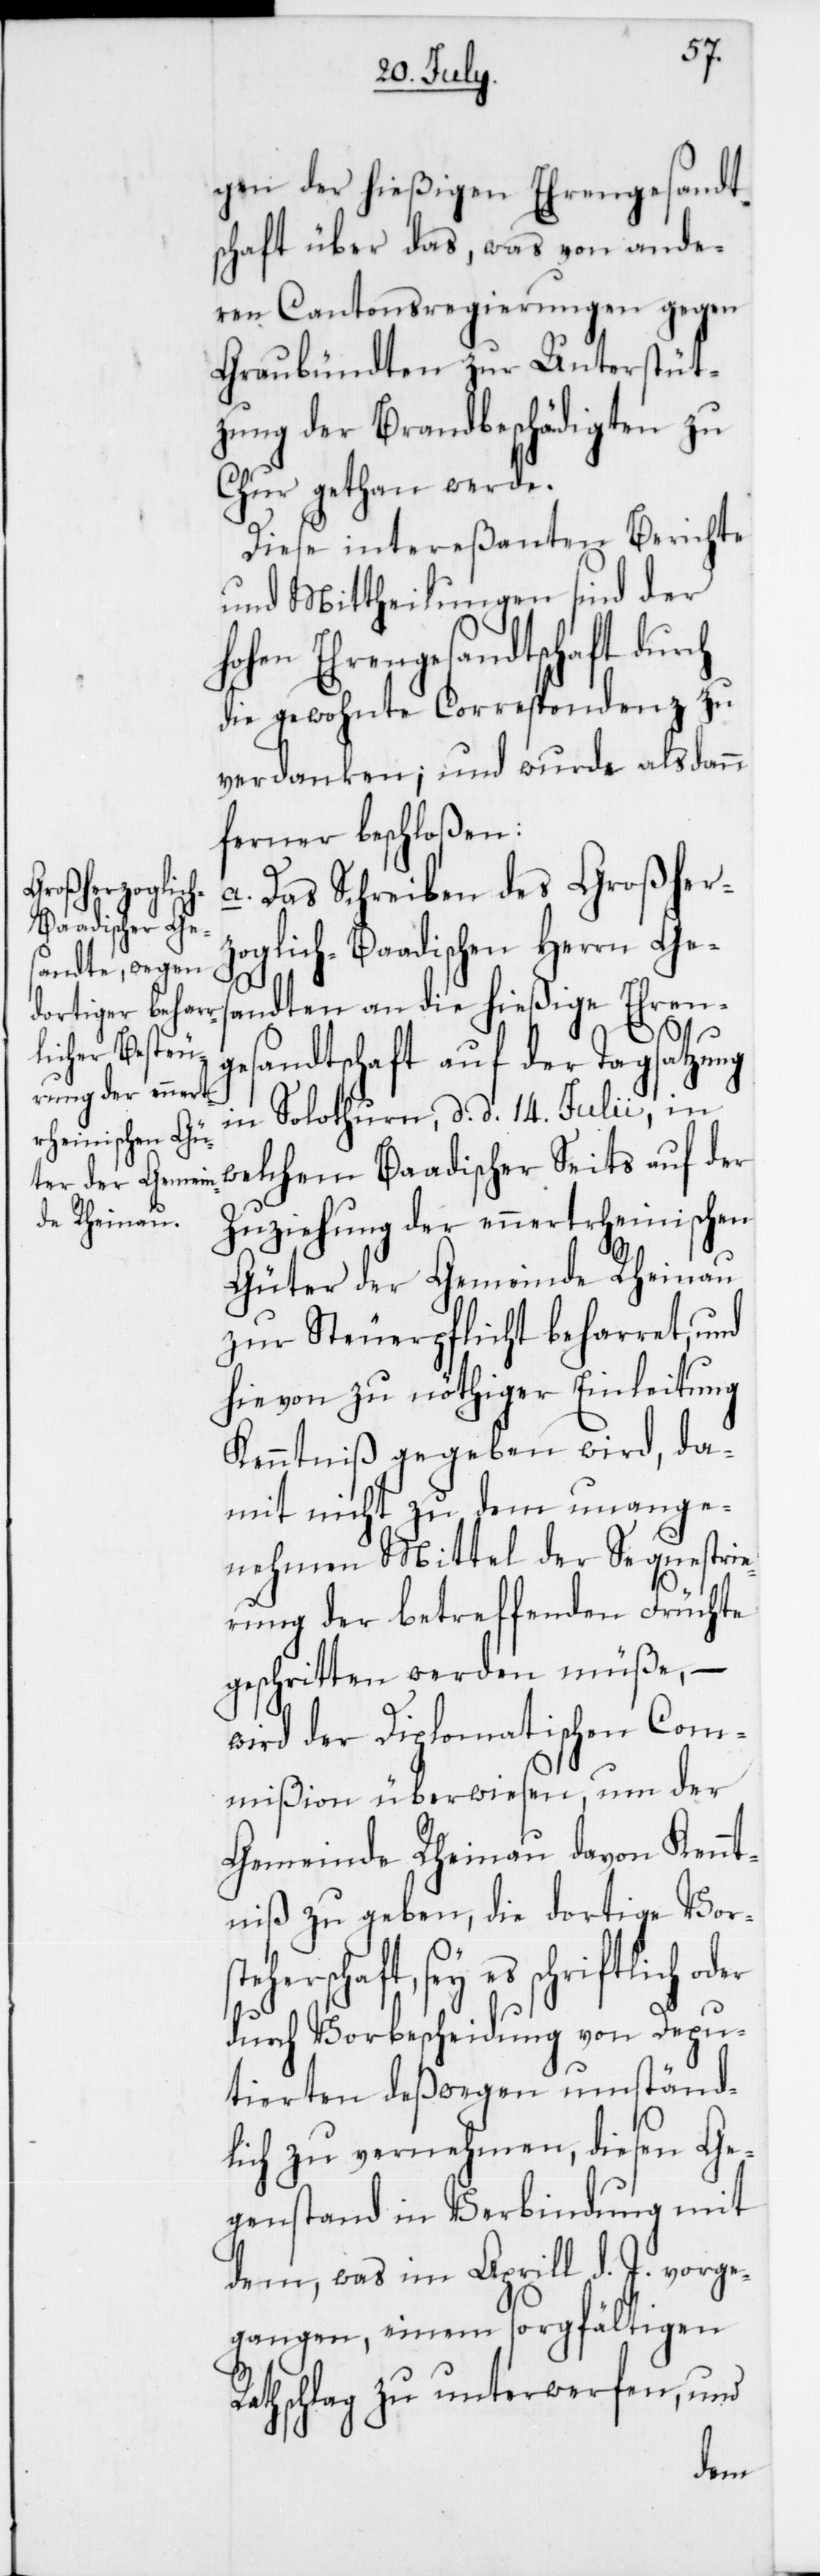
gen der hießigen Ehrengesandt¬
schaft über das, was von ande¬
ren Cantonsregierungen gegen
Graubündten zur Unterstüt¬
zung der Brandbeschädigten zu
Chur gethan werde.
Diese intereßanten Berichte
und Mittheilungen sind der
hohen Ehrengesandtschaft durch
die gewohnte Correspondenz zu
verdanken; und wurde alsdann
ferner beschloßen:
a. Das Schreiben des Großher¬
Baadischer Se¬
zoglich-Baadischen Herrn Ge¬
sandten an die hießige Ehren¬
its
gesandtschaft auf der Tagsatzung
in Solothurn, d. d. 14. Julii, in
Zuziehung der ennertrheinischen
Güter der Gemeinde Rheinau
zur Steuerpflicht beharret, und
hievon zu nöthiger Einleitung
Kenntniß gegeben wird, da¬
mit nicht zu dem unange¬
nehmen Mittel der Sequestrie¬
rung der betreffenden Früchte
geschritten werden müße, –
wird der Diplomatischen Com¬
mißion überwiesen, um der
Gemeinde Rheinau davon Kennt¬
niß zu geben, die dortige Vor¬
es schriftlich
durch Vorbescheidung von Depu¬
tierten deßwegen umständ¬
lich zu vernehmen, diesen Ge¬
genstand in Verbindung mit
dem, was im Aprill d. J. vorge¬
gangen, einem sorgfältigen
Rathschlag zu unterwerfen, und
der